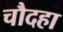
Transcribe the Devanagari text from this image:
चौदहा